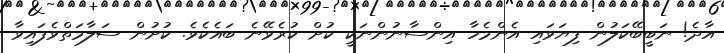
އާދެ! ނަބީބޭކަލުން ފިޔަވައި އެންމެހާ އިންސާނުންނަކީ ކުށް ކުރެވޭނެ ބައެކެވެ. ކުށުން ސަލާމަތްވެފައިވާ